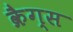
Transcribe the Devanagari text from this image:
क्रैग्स